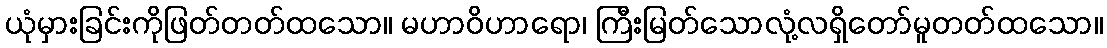
ယုံမှားခြင်းကိုဖြတ်တတ်ထသော။ မဟာဝိဟာရော၊ ကြီးမြတ်သောလုံ့လရှိတော်မူတတ်ထသော။